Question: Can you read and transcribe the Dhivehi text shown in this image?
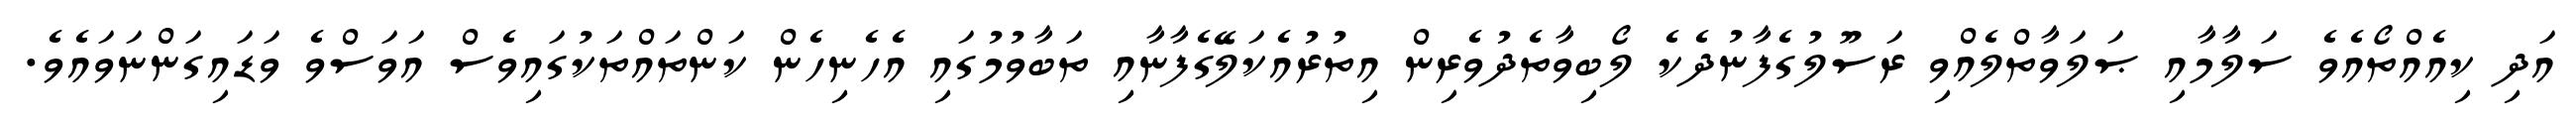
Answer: އަދި ކިއެއްތޯއެވެ ސަލާމާއި ޞަލަވާތްލެއްވި ރަސޫލުގެފާނުދެކެ ލޯބިވާތެދުވެރިން އިތުރުއެކަލޭގެފާނާއި ތަބާވުމުގައި އެހެނިހެން ކަންތައްތަކުގައިވެސް އަވަސްވެ ވަޑައިގަންނަވައެވެ.